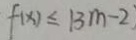
f ( x ) \leq \vert 3 m - 2 \vert